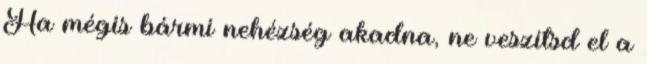
Ha mégis bármi nehézség akadna, ne veszítsd el a